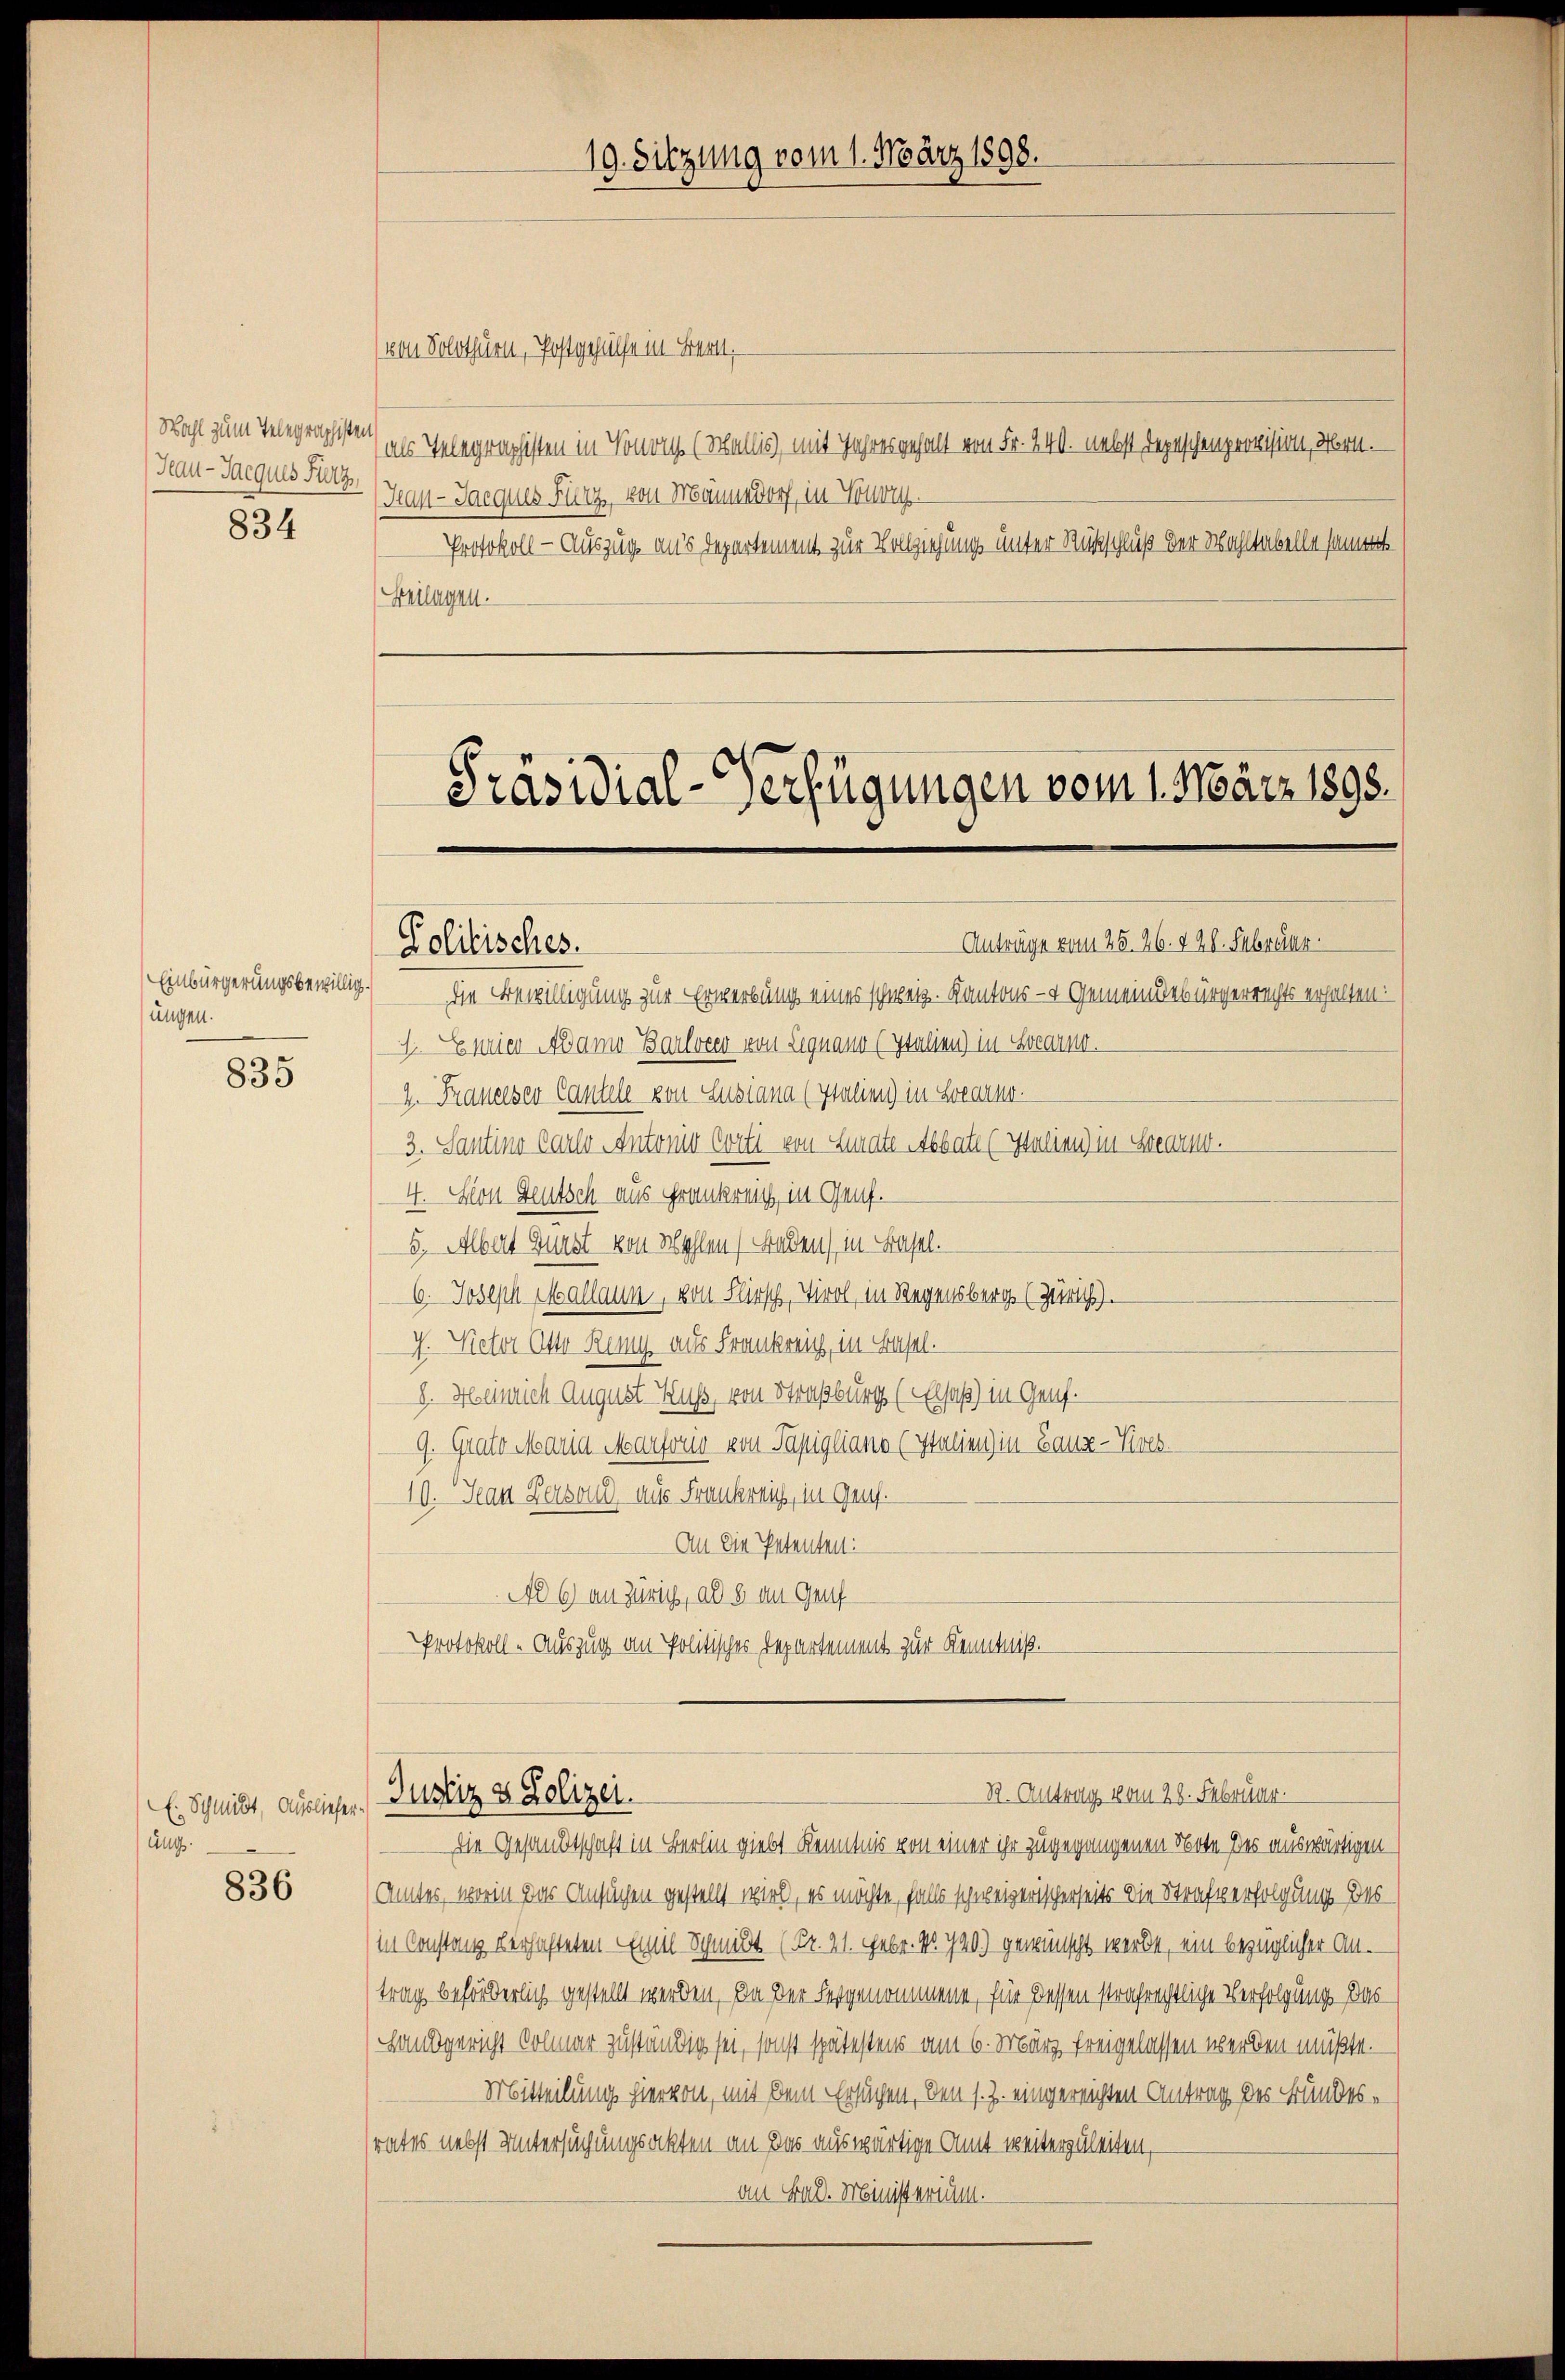
Wahl zum Telegraphisten
Hau-Jacques Fürz,

834

Einbürgerungsbewilligungen.

835

ung.

836

von Solothurn, Postgehülfe in Bert
als Telegraphisten in Sonen (Wallis), mit Jahresgehalt von Fr. 240. nebst Depeschen provision, Hrn.
Han-Jacques Furz, von Männedorf, in Voru
Protokoll - Auszug aus Departement zur Vollziehung unter Rückschluß der Wohltabelle sammt
Beilagen.

Präsidial-Verfügungen vom 1. März 1898.

19. Sitzung vom 1. März 1898.

Politisches.

R. Antrags vom 28. Februar.
E. Schmidt, aus dieser Zustiz & Polizei.

Anträge vom 25. 26. 228. Februar
die Bewilligung zur Erwerbung eines schweiz. Kantons- & Gemeindebürgerrechts erhalten:
J. Eurier Adamo Barlveer von Lignano (Italien) in Locarno.
2. Fraueeser Cautele von Luziana (Italien) in Locarno.
3. Santino Carlo Antonio Corti von Curate Abbate (Italien) in Locarno.
4. Von Deutsch aus Frankreich, in Genf.
5. Albert Gunst von Wahlen Baden) in Basel.
6. Joseph Mallann, von Kirsch, Tirol, in Regensberg (Zürich).
J. Victor Otto Ring aus Frankrei, in Basel.
8. Heinrich August Kuß, von Straßburg (Elsaß) in Genf.
9. Grats Maria Marforio von Papigliano (Italien) in Bauz-res.
10. Jean Person, aus Frankreich, in Genf.
An die Petenten:
Ad 6) an Zürich, ad 5 an Genf
Protokoll - Auszug an Politisches Departement zur Kenntniß.

die Gesandtschaft in Berlin giebt Kenntnis von einer ihr zugegangenen Note des auswärtigen
Amtes, worin das Ansuchen gestellt wird, es möchte, falls schweizerischerseits die Strafverfolgung des
in Constanz verhafteten Emil Schmidt (Fr. 21. Febr. No. 790) gewünscht werde, ein bezüglicher An-
trag beförderlich gestellt werden, da der Festgenommene, für dessen strafrechtliche Verfolgung. Das
Handgericht Colmar zuständig sei, sonst spätestens am 6. März freigelassen werden müßte.
Mitteilung hiervon, mit dem Ersuchen, den s. Z. eingereichten Antrag des Bundesrates nebst Untersuchungsakten an das auswärtige Amt weiterzuleiten,
an Bad. Ministerium.